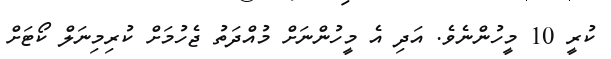
ކުރީ 10 މީހުންނެވެ. އަދި އެ މީހުންނަށް މުއްދަތު ޖެހުމަށް ކުރިމިނަލް ކޯޓަށް